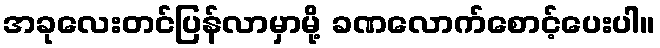
အခုလေးတင်ပြန်လာမှာမို့ ခဏလောက်စောင့်ပေးပါ။